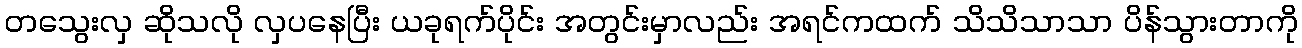
တသွေးလှ ဆိုသလို လှပနေပြီး ယခုရက်ပိုင်း အတွင်းမှာလည်း အရင်ကထက် သိသိသာသာ ပိန်သွားတာကို